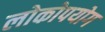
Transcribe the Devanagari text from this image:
लोकोपयोग